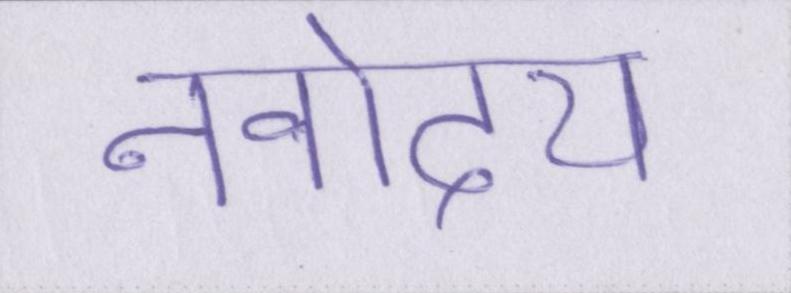
नवोदय